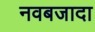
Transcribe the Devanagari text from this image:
नवबजादा